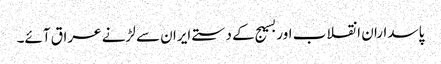
پاسداران انقلاب اور بسیج کے دستے ایران سے لڑنے عراق آئے۔